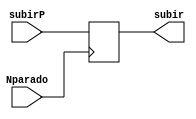
//Determina a direo para a qual o elevador deve ir quando comea a se mover quando iniciar o ciclo de movimento

module movendo3(
input subirP, Nparado,
output reg subir
); 

    always@(posedge Nparado)
    begin
        subir = subirP;
    end

endmodule